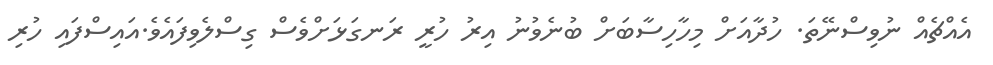
އެއްޗެއް ނުވިސްނޭތަ. ހުދާއަށް މިހާހިސާބަށް ބުނެވުނު އިރު ހުރީ ރަނގަޅަށްވެސް ގިސްލެވިފައެވެ.އައިސްފައި ހުރި